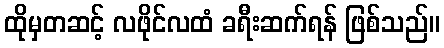
ထိုမှတဆင့် လဖိုင်လထံ ခရီးဆက်ရန် ဖြစ်သည်။